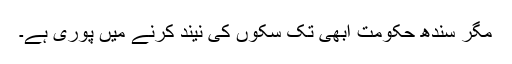
مگر سندھ حکومت ابھی تک سکوں کی نیند کرنے میں پوری ہے۔